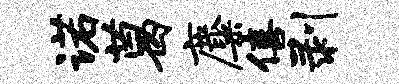
诺葛麋僖剥